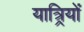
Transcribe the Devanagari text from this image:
यात्र्रियों